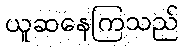
ယူဆနေကြသည်